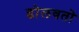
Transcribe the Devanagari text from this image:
डोलवतो